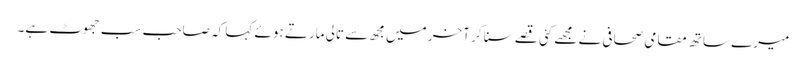
میرے ساتھ مقامی صحافی نے مجھے کئی قصے سنا کر آخر میں مجھ سے تالی مارتے ہوئے کہا کہ صاحب سب جھوٹ ہے۔